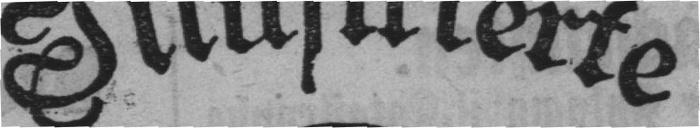
Illustrierte